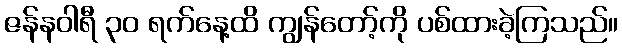
ဇန်နဝါရီ ၃၀ ရက်နေ့ထိ ကျွန်တော့်ကို ပစ်ထားခဲ့ကြသည်။